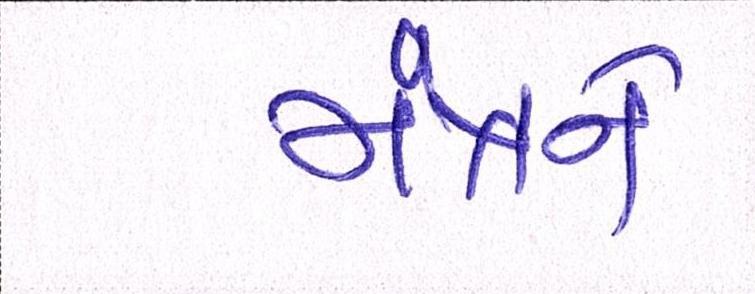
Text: મંત્રને